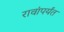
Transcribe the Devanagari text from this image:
रावांपर्यंत